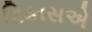
વિકાસએ